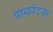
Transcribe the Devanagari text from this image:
पायरेटस्